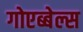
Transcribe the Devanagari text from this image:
गोएब्बेल्स